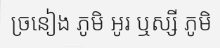
ច្រនៀង ភូមិ អូរ ឬស្សី ភូមិ